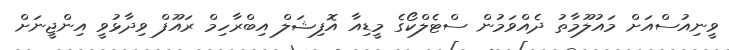
ވީނިއުސްއަށް މައުލޫމާތު ދެއްވަމުން ސްޓެލްކޯގެ މީޑިއާ އޮފިޝަލް އިބްރާހިމް ރައޫފް ވިދާޅުވީ އިންޖީނަށް